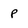
Character: P